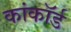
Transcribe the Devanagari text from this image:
कांकॉर्ड